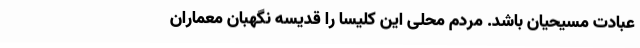
عبادت مسیحیان باشد. مردم محلی این کلیسا را قدیسه نگهبانِ معمارانِ